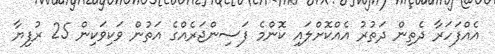
އެއްފަހަރާ ދެތިން ދަތުރު އެއްކޮށްލައި ކޮންމެ ފަސިންޖަރެއްގެ އަތުން ވަކިވަކިން 25 ރުފިޔާ